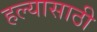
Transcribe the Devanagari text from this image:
हल्यासाठी